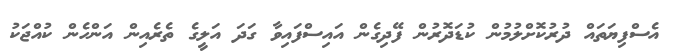
އެސްފިޔަތައް ދުރުކޮށްލުމުން ކުޑަދޮރުން ފޭދިގެން އައިސްފައިވާ ގަދަ އަލީގެ ތެރެއިން އަންހެން ކުއްޖަކު